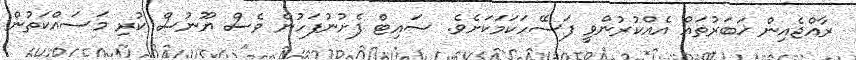
ރާއްޖެއިން ޚަބަރުތައް އެއްކުރުންވީ ފަސޭހަކަމަކަށެވެ. ސައިޓް ފެށުނުފަހުން ވެސް ޔޫނުސް ކުރި މަސައްކަތުން